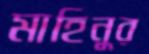
মাহিনুর